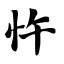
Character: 忤